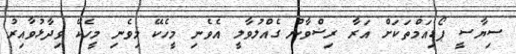
ސިޔާސީ ޕޯޑިއަމްތަކަށް އަރާ ރިޟްވާން ގެއްލުވާލީ އެވެނި މީހެކޭ މިވެނި މީހެކޭ ވިދާޅުވާއިރު